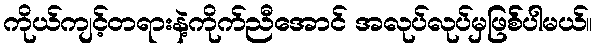
ကိုယ်ကျင့်တရားနဲ့ကိုက်ညီအောင် အလုပ်လုပ်မှဖြစ််ပါမယ်။